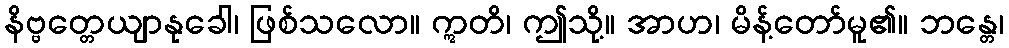
နိဗ္ဗတ္တေယျာနုခေါ၊ ဖြစ်သလော။ ဣတိ၊ ဤသို့။ အာဟ၊ မိန့်တော်မူ၏။ ဘန္တေ၊